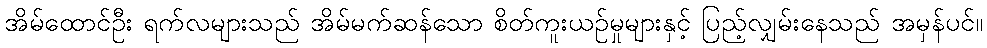
အိမ်ထောင်ဦး ရက်လများသည် အိမ်မက်ဆန်သော စိတ်ကူးယဉ်မှုများနှင့် ပြည့်လျှမ်းနေသည် အမှန်ပင်။